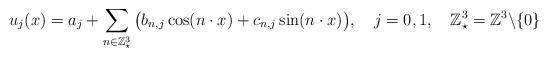
LaTeX: \begin{align*} u_j(x)=a_j+\sum_{n\in \mathbb{Z}_{\star}^3}\big(b_{n,j}\cos(n\cdot x)+ c_{n,j}\sin(n\cdot x) \big),\ \ \ j=0,1,\ \ \ \mathbb{Z}_{\star}^3 = \mathbb{Z}^3\backslash \{0\} \end{align*}